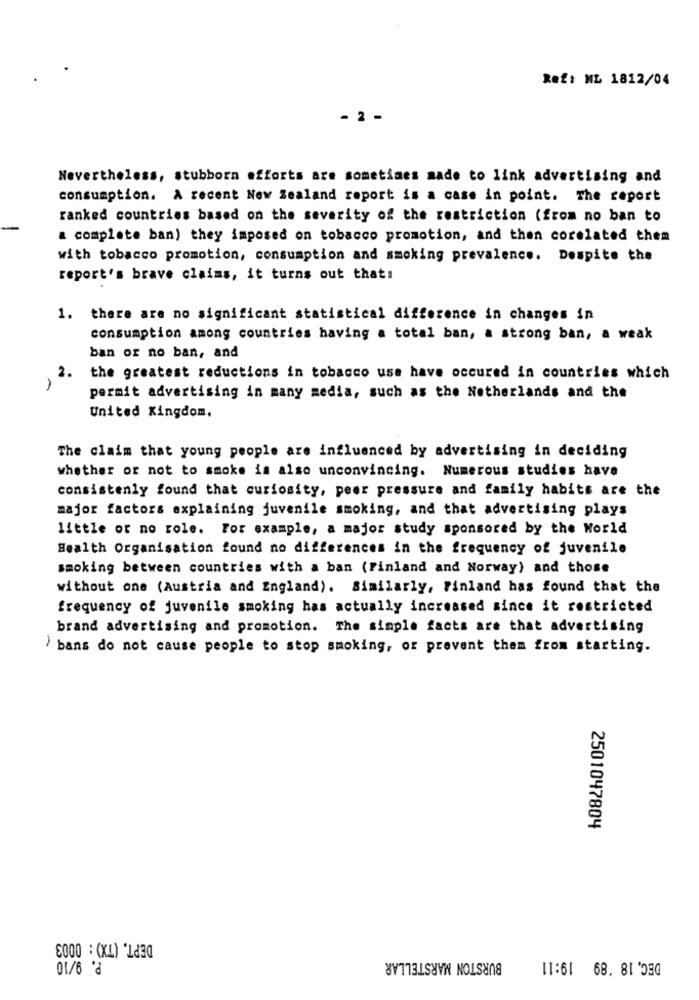
Ref: ML 1812/04
- 2 -
Nevertheless, stubborn efforts are sometimes made to link advertising and
consumption. A recent New Zealand report is a case in point. The report
ranked countries based on the severity of the restriction (from no ban to
a complete ban) they imposed on tobacco promotion, and then corelated them
with tobacco promotion, consumption and smoking prevalence. Despite the
report's brave claims, it turns out that:
1. there are no significant statistical difference in changes in
consumption among countries having a total ban, a strong ban, a weak
ban or no ban, and
2.
the greatest reductions in tobacco use have occured in countries which
-
permit advertising in many media, such as the Netherlands and the
United Kingdom.
The claim that young people are influenced by advertising in deciding
whether or not to smoke is also unconvincing. Numerous studies have
consistenly found that curiosity, peer pressure and family habits are the
major factors explaining juvenile smoking, and that advertising plays
little or no role. For example, a major study sponsored by the World
Health Organisation found no differences in the frequency of juvenile
smoking between countries with a ban (Finland and Norway) and those
without one (Austria and England). Similarly, Finland has found that the
frequency of juvenile smoking has actually increased since it restricted
brand advertising and promotion. The simple facts are that advertising
bans do not cause people to stop smoking, or prevent them from starting.
2501047804
DEPT. (TX) : 0003
BURSTON MARSTELLAR
01/6 ℃